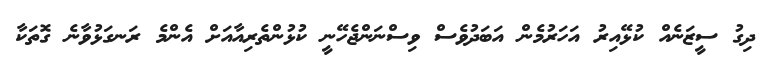
ދިގު ސީޒަނެއް ކުޅޭއިރު އަހަރުމެން އަބަދުވެސް ވިސްނަންޖެހޭނީ ކުޅުންތެރިއާއަށް އެންމެ ރަނގަޅުވާނެ ގޮތަކާ